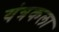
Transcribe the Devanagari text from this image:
यंत्रकला